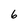
Character: 6